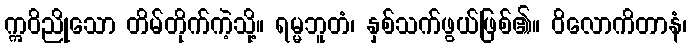
ဣဝိညိုသော တိမ်တိုက်ကဲ့သို့။ ရမ္မဘူတံ၊ နှစ်သက်ဖွယ်ဖြစ်၏။ ဝိလောကိတာနံ၊